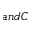
a n d C